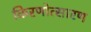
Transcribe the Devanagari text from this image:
किरणोत्सारण